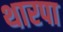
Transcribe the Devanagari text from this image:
थारपा